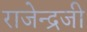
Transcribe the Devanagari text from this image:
राजेन्द्रजी